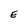
Character: E